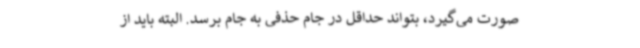
صورت می‌گیرد، بتواند حداقل در جام حذفی به جام برسد. البته باید از